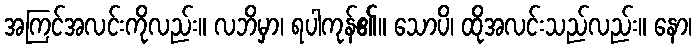
အကြင်အလင်းကိုလည်း။ လဘိမှာ၊ ရပါကုန်၏။ သောပိ၊ ထိုအလင်းသည်လည်း။ နော၊